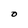
Character: O